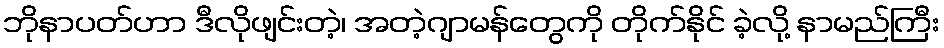
ဘိုနာပတ်ဟာ ဒီလိုဖျင်းတဲ့၊ အတဲ့ဂျာမန်တွေကို တိုက်နိုင် ခဲ့လို့ နာမည်ကြီး